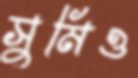
সুমিও